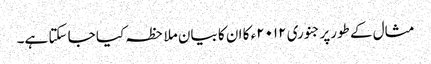
مثال کے طورپرجنوری ۲۰۱۲ء کا ان کا بیان ملاحظہ کیا جا سکتا ہے۔